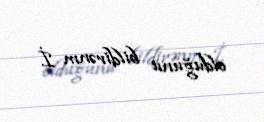
olduğunu bildirənm İ.